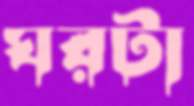
ঘরটা